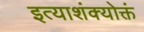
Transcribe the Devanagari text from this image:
इत्याशंक्योक्तं